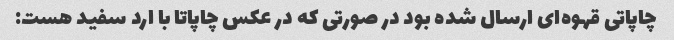
چاپاتی قهوه‌ای ارسال شده بود در صورتی که در عکس چاپاتا با ارد سفید هست: